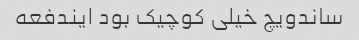
ساندویچ خیلی کوچیک بود ایندفعه